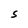
Character: S